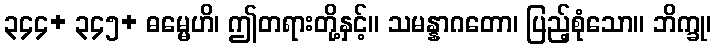
၃၄၄+ ၃၄၅+ ဓမ္မေဟိ၊ ဤတရားတို့နှင့်။ သမန္နာဂတော၊ ပြည့်စုံသော။ ဘိက္ခု၊